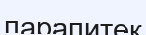
парапитек